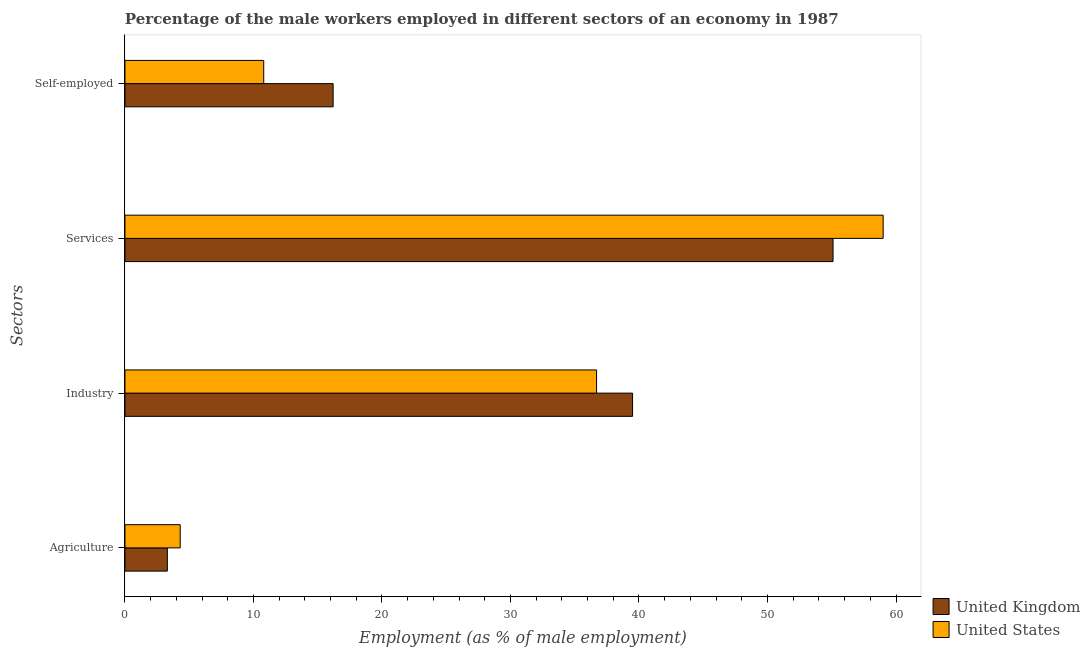
| Sectors | United Kingdom | United States |
 | --- | --- | --- |
 | Agriculture | 3.3 | 4.3 |
 | Industry | 39.5 | 36.7 |
 | Services | 55.1 | 59 |
 | Self-employed | 16.2 | 10.8 |